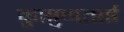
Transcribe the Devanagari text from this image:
कुसुमताई